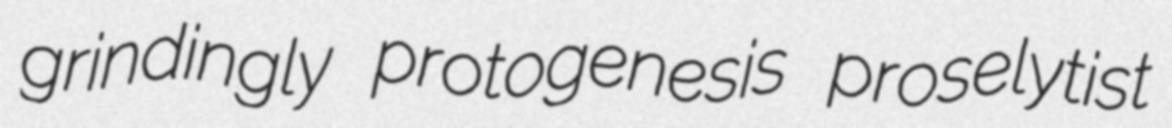
grindingly protogenesis proselytist